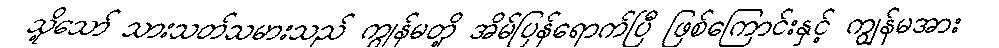
သို့သော် သားသတ်သမားသည် ကျွန်မတို့ အိမ်ပြန်ရောက်ပြီ ဖြစ်ကြောင်းနှင့် ကျွန်မအား